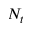
N _ { t }